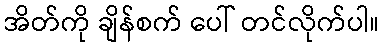
အိတ်ကို ချိန်စက် ပေါ် တင်လိုက်ပါ။